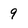
Character: 9